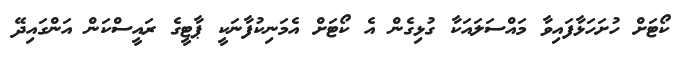
ކޯޓަށް ހުށަހަޅާފައިވާ މައްސަލައަކާ ގުޅިގެން އެ ކޯޓަށް އެމަނިކުފާނަކީ ޕާޓީގެ ރައީސްކަން އަންގައިދޭ